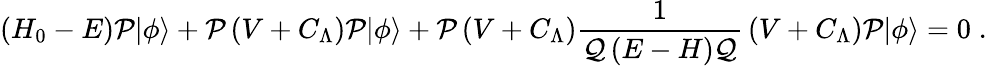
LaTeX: \left(H_{0}-E\right){\cal P}|\phi\rangle+{\cal P}\left(V+C_{\Lambda}\right){\cal P}|\phi\rangle+{\cal P}\left(V+C_{\Lambda}\right){\frac{1}{{\cal Q}\left(E-H\right){\cal Q}}}\left(V+C_{\Lambda}\right){\cal P}|\phi\rangle=0\; .